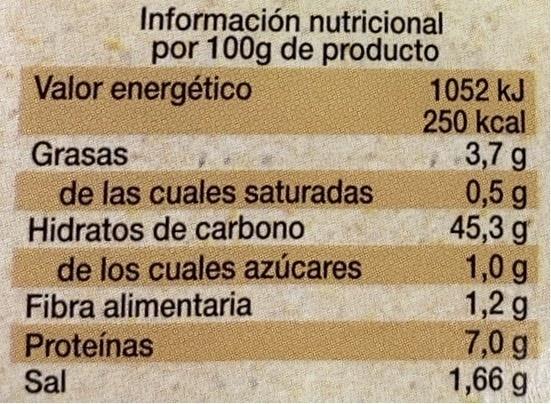
Información nutricional por 100g de producto 1052 kJ 250 kcal 3,7 g 0,5 g 45,3 g 1,0 g 1,2 g 7,0 g 1,66 g
Valor energético
Grasas de las cuales saturadas Hidratos de carbono de los cuales azúcares Fibra alimentaria Proteínas
Sal